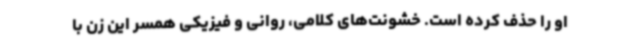
او را حذف کرده است. خشونت‌های کلامی، روانی و فیزیکی همسر این زن با